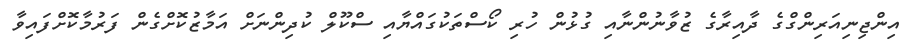
އިންޖިނިއަރިންގްގެ ދާއިރާގެ ޒުވާނުންނާއި ގުޅުން ހުރި ކޯސްތަކުގައްޔާއި ސްކޫލް ކުދިންނަށް އަމާޒުކޮށްގެން ފަރުމާކޮށްފައިވާ